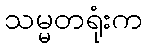
သမ္မတရုံးက